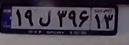
۱۹ل۳۹۶۱۳